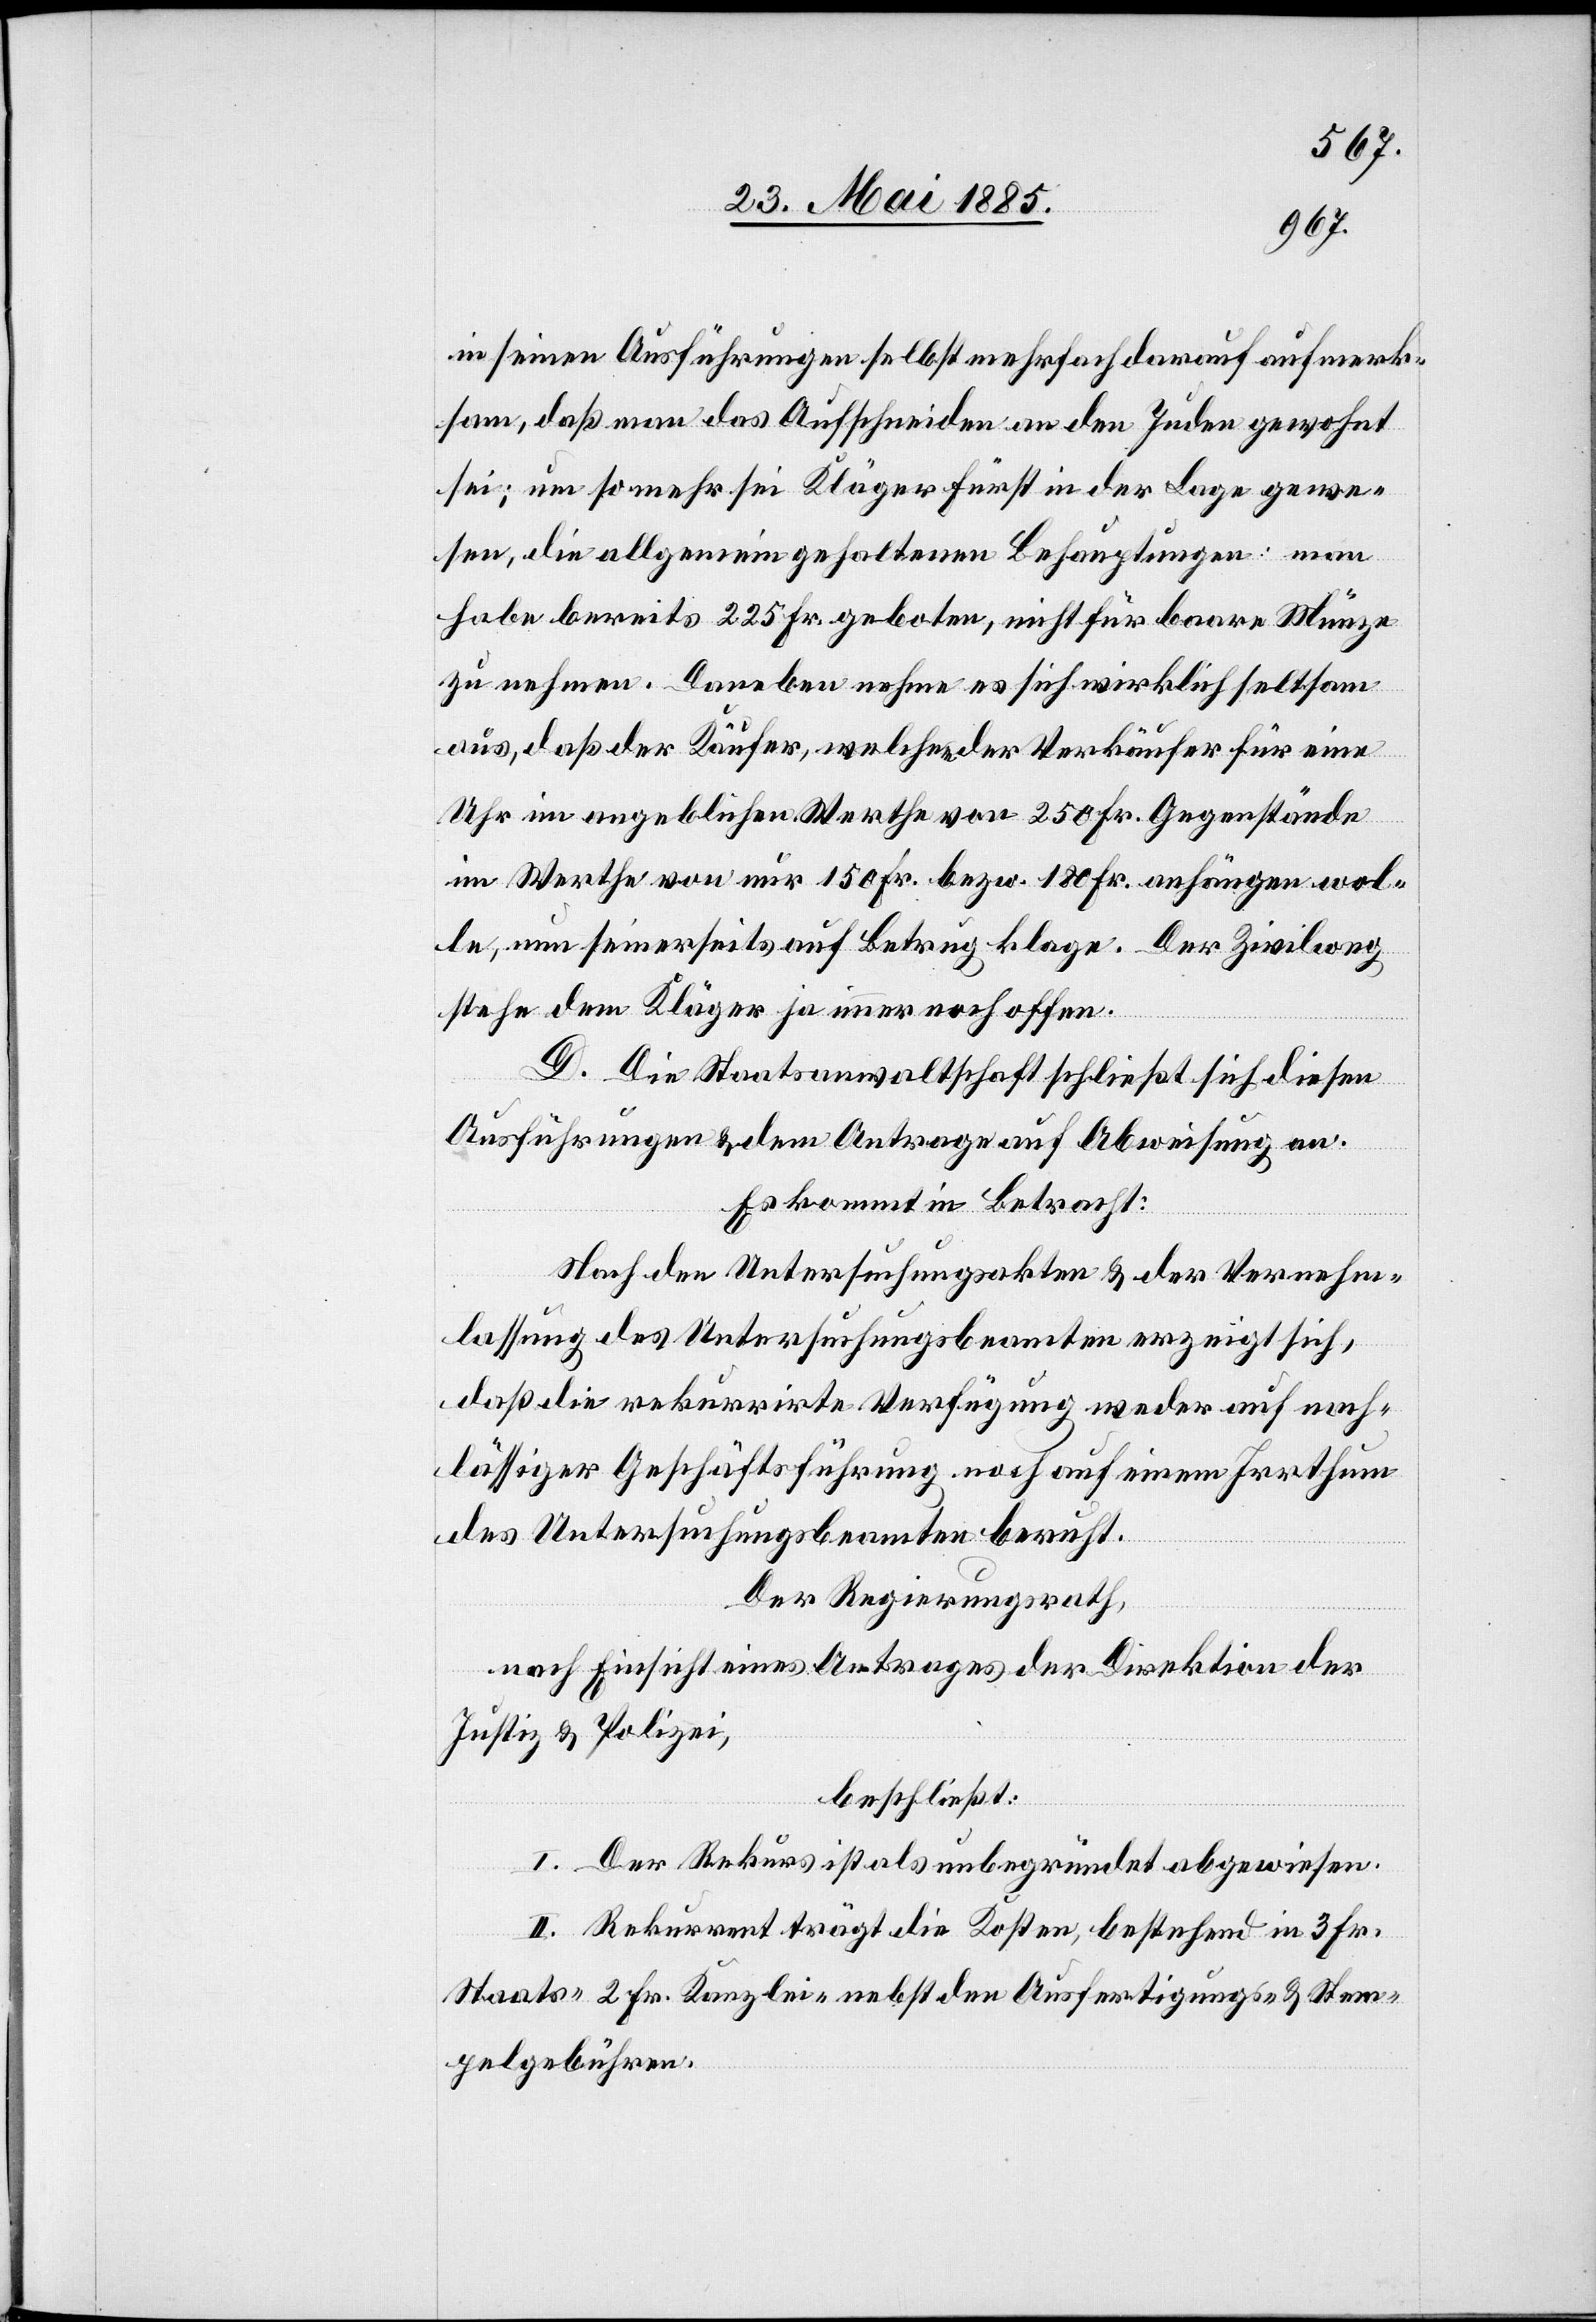
in seinen Ausführungen selbst mehrfach darauf aufmerk¬
sam, daß man das Aufschneiden an den Juden gewohnt
sei; um so mehr sei Kläger Fürst in der Lage gewe¬
sen, die allgemein gehaltenen Behauptungen man
habe bereits 225 Fr. geboten, nicht für baare Münze
zu nehmen. Daneben nehme es sich wirklich seltsam
aus, das der Käufer, welcher der Verkäufer für eine
Uhr im angeblichen Werthe von 250 Fr. Gegenstände
im Werthe von nur 150 Fr. bezw. 180 Fr. anhängen wol¬
le, nun seinerseits auf Betrug klage. Der Zivilweg
stehe dem Kläger ja immer noch offen.
D. Die Staatsanwaltschaft schließt sich diesen
Ausführungen & dem Antrage auf Abweisung an.
Es kommt in Betracht:
Nach den Untersuchungsakten & der Vernehm¬
lassung des Untersuchungsbeamten erzeigt sich
daß die rekurrirte Verfügung weder auf nach¬
lässiger Geschäftsführung noch auf einem Irrthum
des Untersuchungsbeamten beruht.
Der Regierungsrath,
nach Einsicht eines Antrages der Direktion der
Justiz & Polizei,
beschließt:
I. Der Rekurs ist als unbegründet abgewiesen.
II. Rekurrent trägt die Kosten, bestehend in 3 Fr.
Staats-[,] 2 Fr. Kanzlei- nebst den Ausfertigungs- & Stem¬
pelgebühren.